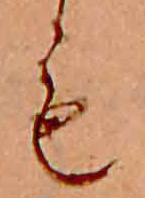
も